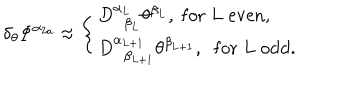
\delta _ { \theta } \Phi ^ { \alpha _ { 2 a } } \approx \left\{ \begin{array} { l } { { D _ { \; \; \beta _ { L } } ^ { \alpha _ { L } } \theta ^ { \beta _ { L } } , \; \mathrm { f o r } \; L \; \mathrm { e v e n } , } } \\ { { D _ { \; \; \beta _ { L + 1 } } ^ { \alpha _ { L + 1 } } \theta ^ { \beta _ { L + 1 } } , \; \; \mathrm { f o r } \; L \; \mathrm { o d d } . } } \\ \end{array} \right.